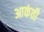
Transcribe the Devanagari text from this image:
आकंती